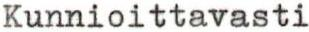
Kunnioittavasti